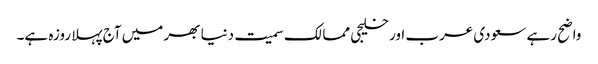
واضح رہے سعودی عرب اور خلیجی ممالک سمیت دنیا بھر میں آج پہلا روزہ ہے۔